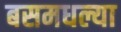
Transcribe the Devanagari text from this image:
बसमधल्या